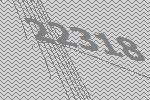
22318